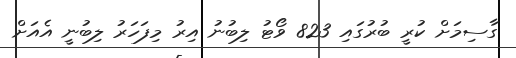
ގާސިމަށް ކުރީ ބުރުގައި 823 ވޯޓު ލިބުނު އިރު މިފަހަރު ލިބުނީ އެއަށް